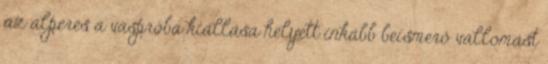
az alperes a vaspróba kiállása helyett inkább beismerő vallomást